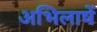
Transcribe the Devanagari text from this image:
अभिलाषें